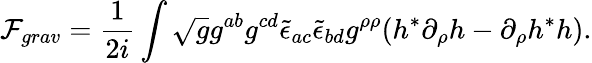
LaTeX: {\cal F}_{grav}=\frac{1}{2i}\int\sqrt{g}g^{ab}g^{cd}\tilde{\epsilon}_{ac}\tilde{\epsilon}_{bd}g^{\rho\rho}(h^{*}\partial_{\rho}h-\partial_{\rho}h^{*}h).